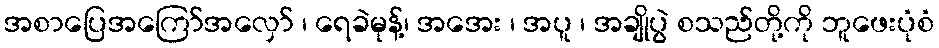
အစာပြေအကြော်အလှော် ၊ ရေခဲမုန့်၊ အအေး ၊ အပူ ၊ အချိုပွဲ စသည်တို့ကို ဘူဖေးပုံစံ